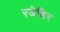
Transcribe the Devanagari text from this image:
एजेडिर